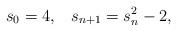
LaTeX: \begin{align*} s_0=4,\;\;\;s_{n+1}=s_n^2-2,\end{align*}